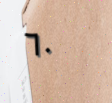
٦٠